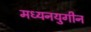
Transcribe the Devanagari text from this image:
मध्यनयुगीन